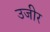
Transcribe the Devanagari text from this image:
उजीर